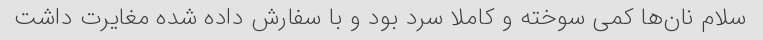
سلام نان‌ها کمی سوخته و کاملا سرد بود و با سفارش داده شده مغایرت داشت